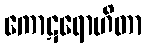
ကောဋရောဟိတာ